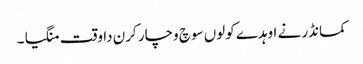
کمانڈر نے اوہدے کولوں سوچ وچار کرن دا وقت منگیا ۔